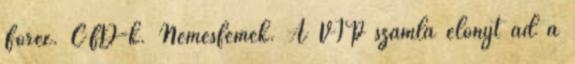
Forex. CFD-k. Nemesfémek. A VIP számla előnyt ad a